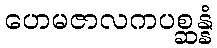
ဟေမဇာလကပစ္ဆန္နံ